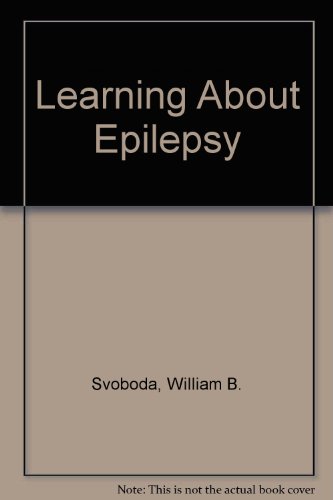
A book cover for Learning About Epilepsy; William B., M.D. Svoboda; Health, Fitness & Dieting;